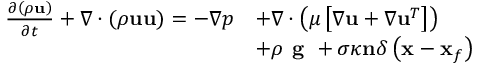
\begin{array} { r l } { \frac { \partial \left( \rho \mathbf { u } \right) } { \partial t } + \nabla \cdot \left( \rho \mathbf { u u } \right) = - \nabla p } & { + \nabla \cdot \left( \mu \left[ \nabla \mathbf { u } + \nabla \mathbf { u } ^ { T } \right] \right) } \\ & { + \rho \textbf { g } + \sigma \kappa \mathbf { n } \delta \left( \mathbf { x } - \mathbf { x } _ { f } \right) } \end{array}